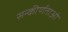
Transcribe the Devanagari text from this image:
सन्कीर्णताओ